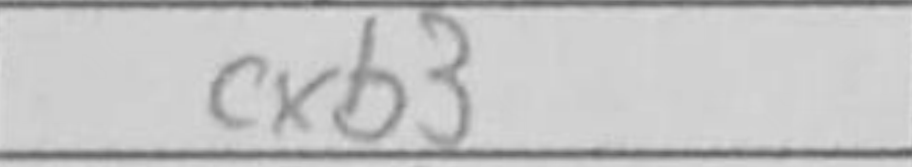
Transcription: cxb3